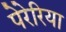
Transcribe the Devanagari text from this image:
पेरेरिया